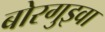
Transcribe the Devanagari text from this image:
बोरगुइवा